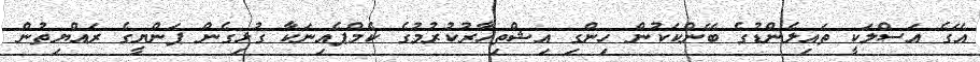
އޭގެ އަސްލަކީ ތައިލެންޑުގެ ބޭންކަކުން ހިންގި އިޝްތިހާރުކުރުމުގެ ކެމްޕެއިނަކާ ގުޅިގެން ޕަންޔީގެ ރައްޔިތުން